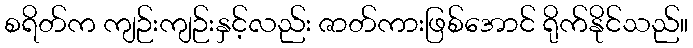
စရိတ်က ကျဉ်းကျဉ်းနှင့်လည်း ဇာတ်ကားဖြစ်အောင် ရိုက်နိုင်သည်။